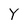
Character: Y